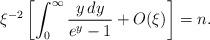
LaTeX: \begin{align*}\xi^{-2}\left[\int_0^{\infty}\frac{y\,dy}{e^y-1}+O(\xi)\right]=n.\end{align*}